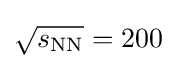
{\sqrt {s_{\mathrm {NN} }}}=200